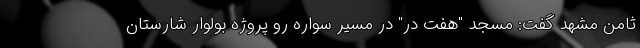
ثامن مشهد گفت: مسجد "هفت در" در مسیر سواره رو پروژه بولوار شارستان